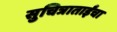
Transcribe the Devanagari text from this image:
सुचित्राताईंचा